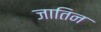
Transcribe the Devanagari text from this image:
जातिन